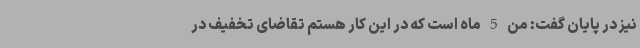
نیز در پایان گفت: من 5 ماه است که در این کار هستم تقاضای تخفیف در